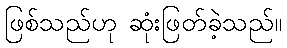
ဖြစ်သည်ဟု ဆုံးဖြတ်ခဲ့သည်။